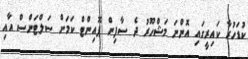
ކުޑަހުރާ ކައިރީގައި އޮންނަ މަޝްހޫރު ދެ ސާފިން ޕޮއިންޓް ކަމަށް ސަލްޓަންސް އާއި